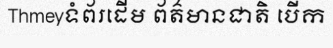
Thmeyទំព័រដើម ព័ត៌មានជាតិ បើក